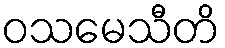
ဝသမေသီတိ